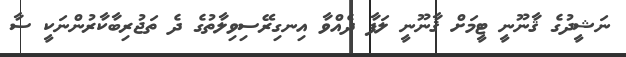
ނަޝީދުގެ ޤާނޫނީ ޓީމަށް ޤާނޫނީ ލަފާ ދެއްވާ އިނގިރޭސިވިލާތުގެ ދެ ތަޖުރިބާކާރުންނަކީ ސާ